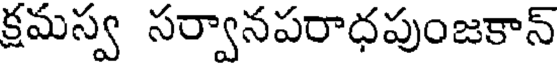
క్షమస్వ సర్వానపరాధపుంజకాన్